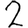
Digit: 2